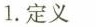
1.定义